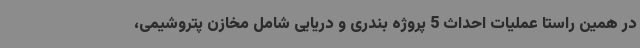
در همین راستا عملیات احداث 5 پروژه بندری و دریایی شامل مخازن پتروشیمی،